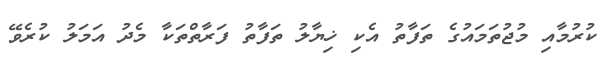
ކުރުމާއި މުޖުތަމައުގެ ތަފާތު އެކި ޚިޔާލު ތަފާތު ފަރާތްތަކާ މެދު އަމަލު ކުރެވޭ